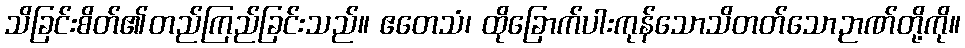
သိခြင်းစိတ်၏တည်ကြည်ခြင်းသည်။ ဧတေသံ၊ ထိုခြောက်ပါးကုန်သောသိတတ်သောဉာဏ်တို့ကို။